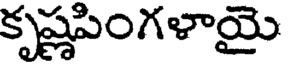
కృష్ణపింగళాయై